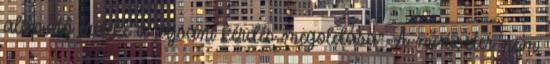
alapvető érdeke a tajvani kérdés megoldása". A miniszter nem